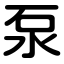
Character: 泵